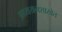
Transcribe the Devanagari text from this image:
अध्ययनशाखेत